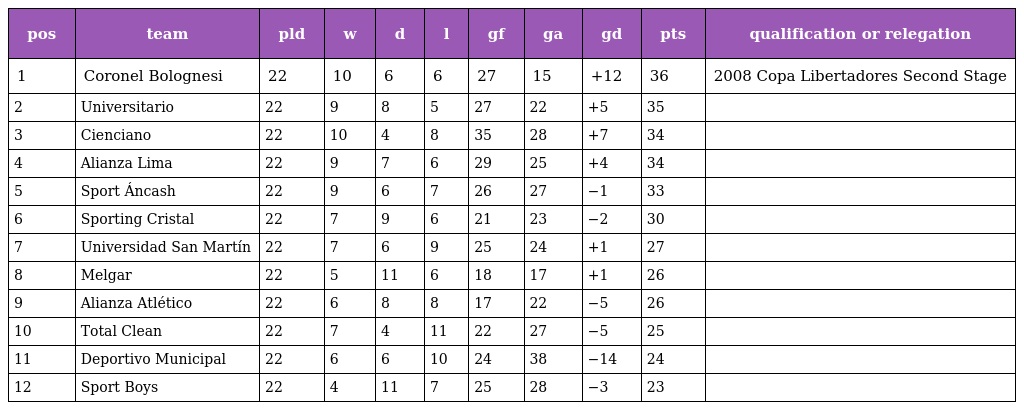
| pos | team | pld | w | d | l | gf | ga | gd | pts | qualification or relegation |
 | --- | --- | --- | --- | --- | --- | --- | --- | --- | --- | --- |
 | 1 | Coronel Bolognesi | 22 | 10 | 6 | 6 | 27 | 15 | +12 | 36 | 2008 Copa Libertadores Second Stage |
 | 2 | Universitario | 22 | 9 | 8 | 5 | 27 | 22 | +5 | 35 |  |
 | 3 | Cienciano | 22 | 10 | 4 | 8 | 35 | 28 | +7 | 34 |  |
 | 4 | Alianza Lima | 22 | 9 | 7 | 6 | 29 | 25 | +4 | 34 |  |
 | 5 | Sport Áncash | 22 | 9 | 6 | 7 | 26 | 27 | −1 | 33 |  |
 | 6 | Sporting Cristal | 22 | 7 | 9 | 6 | 21 | 23 | −2 | 30 |  |
 | 7 | Universidad San Martín | 22 | 7 | 6 | 9 | 25 | 24 | +1 | 27 |  |
 | 8 | Melgar | 22 | 5 | 11 | 6 | 18 | 17 | +1 | 26 |  |
 | 9 | Alianza Atlético | 22 | 6 | 8 | 8 | 17 | 22 | −5 | 26 |  |
 | 10 | Total Clean | 22 | 7 | 4 | 11 | 22 | 27 | −5 | 25 |  |
 | 11 | Deportivo Municipal | 22 | 6 | 6 | 10 | 24 | 38 | −14 | 24 |  |
 | 12 | Sport Boys | 22 | 4 | 11 | 7 | 25 | 28 | −3 | 23 |  |